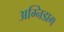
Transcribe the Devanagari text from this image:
अग्निडाग